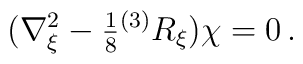
(\nabla_{\xi}^{2} -{\textstyle\frac{1}{8}} {}^{(3)}R_{\xi})\chi =  0\, .